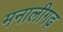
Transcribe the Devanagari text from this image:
मनालीगढ़